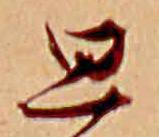
思